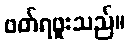
ဖတ်ရဖူးသည်။